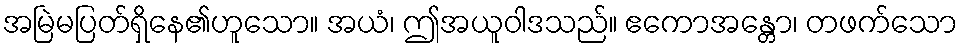
အမြဲမပြတ်ရှိနေ၏ဟူသော။ အယံ၊ ဤအယူဝါဒသည်။ ဧကောအန္တော၊ တဖက်သော